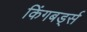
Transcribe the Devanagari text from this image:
किंगबर्ड्स